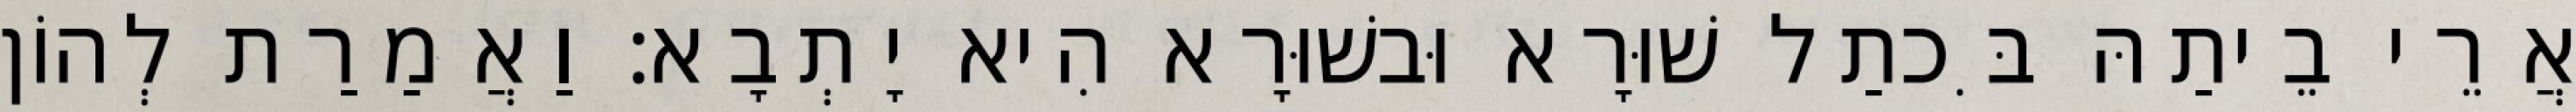
אֲרֵי בֵיתַהּ בִּכתַל שׁוּרָא וּבשׁוּרָא הִיא יָתְבָא׃ וַאֲמַרַת לְהוֹן